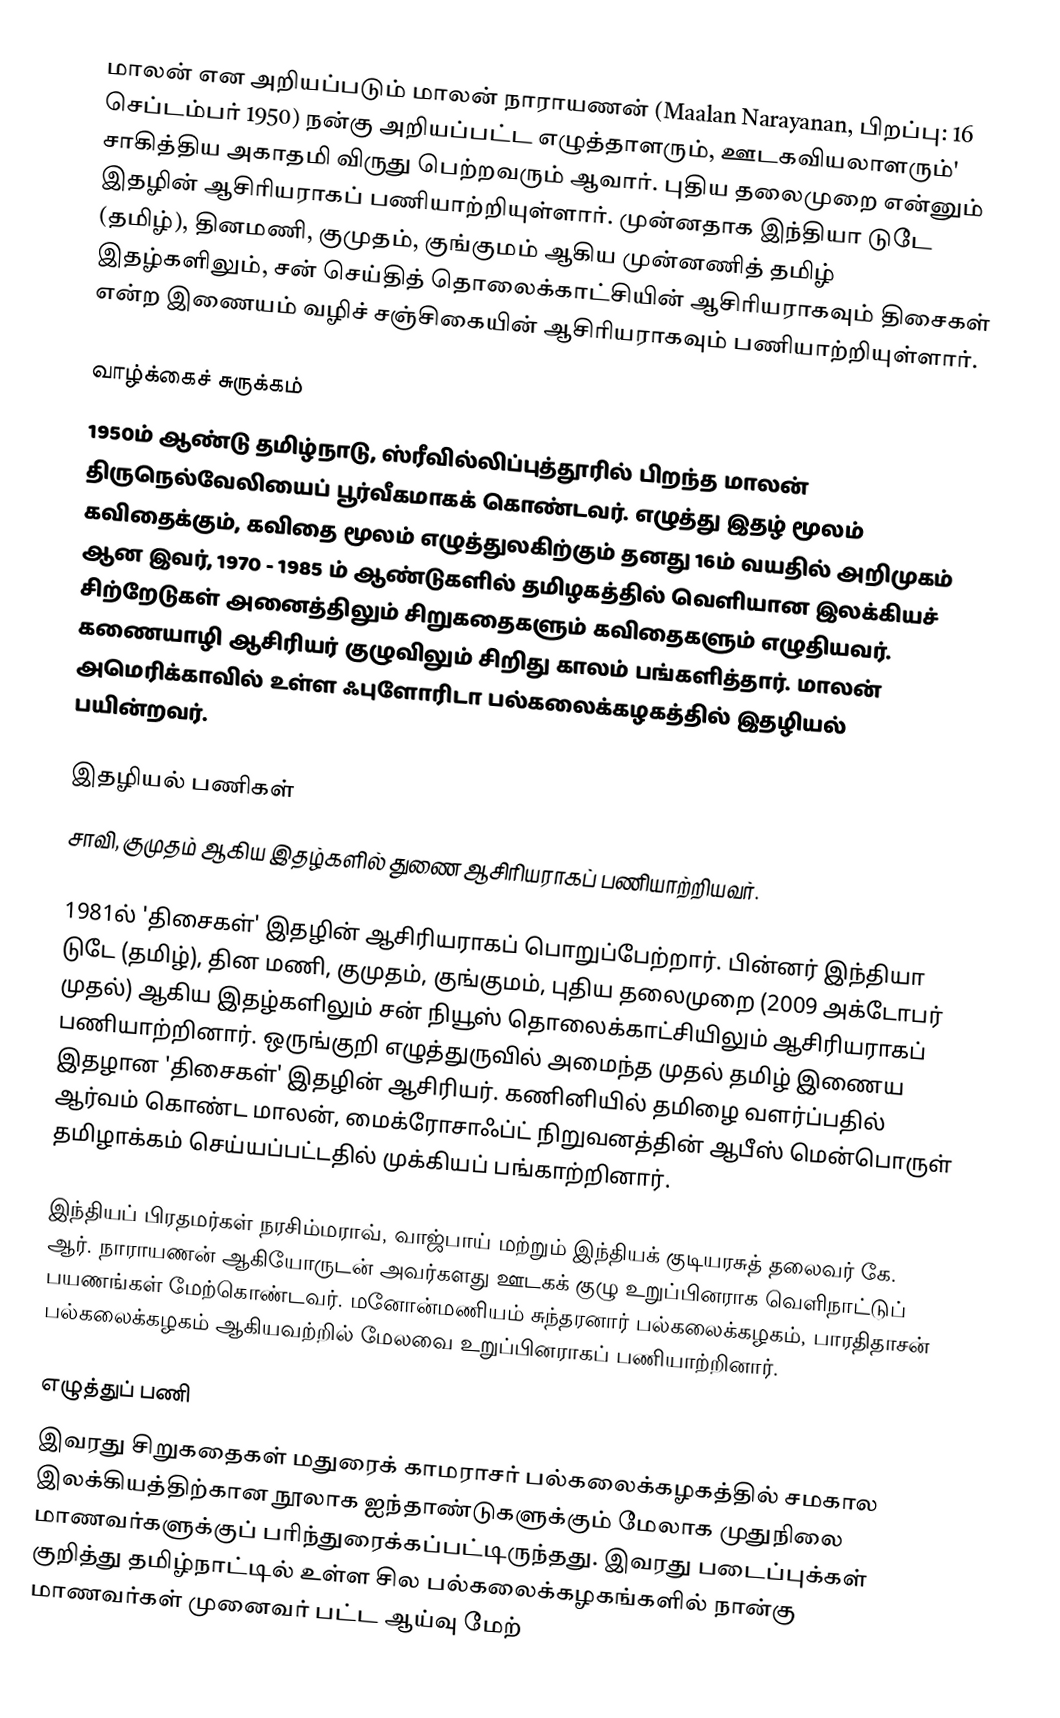
மாலன் என அறியப்படும் மாலன் நாராயணன் (Maalan Narayanan, பிறப்பு: 16 செப்டம்பர் 1950) நன்கு அறியப்பட்ட எழுத்தாளரும், ஊடகவியலாளரும்' சாகித்திய அகாதமி விருது பெற்றவரும் ஆவார். புதிய தலைமுறை என்னும் இதழின் ஆசிரியராகப் பணியாற்றியுள்ளார். முன்னதாக இந்தியா டுடே (தமிழ்), தினமணி, குமுதம், குங்குமம் ஆகிய முன்னணித் தமிழ் இதழ்களிலும், சன் செய்தித் தொலைக்காட்சியின் ஆசிரியராகவும் திசைகள் என்ற இணையம் வழிச் சஞ்சிகையின் ஆசிரியராகவும் பணியாற்றியுள்ளார்.

வாழ்க்கைச் சுருக்கம்
1950ம் ஆண்டு தமிழ்நாடு, ஸ்ரீவில்லிப்புத்தூரில் பிறந்த மாலன் திருநெல்வேலியைப் பூர்வீகமாகக் கொண்டவர். எழுத்து இதழ் மூலம் கவிதைக்கும், கவிதை மூலம் எழுத்துலகிற்கும் தனது 16ம் வயதில் அறிமுகம் ஆன இவர்,  1970 - 1985 ம் ஆண்டுகளில் தமிழகத்தில் வெளியான இலக்கியச் சிற்றேடுகள் அனைத்திலும் சிறுகதைகளும் கவிதைகளும் எழுதியவர். கணையாழி ஆசிரியர் குழுவிலும் சிறிது காலம் பங்களித்தார். மாலன் அமெரிக்காவில் உள்ள ஃபுளோரிடா பல்கலைக்கழகத்தில் இதழியல் பயின்றவர்.

இதழியல் பணிகள்
சாவி, குமுதம் ஆகிய இதழ்களில் துணை ஆசிரியராகப் பணியாற்றியவர்.

1981ல் 'திசைகள்' இதழின் ஆசிரியராகப்  பொறுப்பேற்றார். பின்னர் இந்தியா டுடே (தமிழ்), தின மணி, குமுதம், குங்குமம், புதிய தலைமுறை (2009 அக்டோபர் முதல்)  ஆகிய இதழ்களிலும் சன் நியூஸ் தொலைக்காட்சியிலும் ஆசிரியராகப் பணியாற்றினார். ஒருங்குறி எழுத்துருவில் அமைந்த முதல் தமிழ் இணைய இதழான 'திசைகள்' இதழின் ஆசிரியர். கணினியில் தமிழை வளர்ப்பதில் ஆர்வம் கொண்ட மாலன், மைக்ரோசாஃப்ட் நிறுவனத்தின் ஆபீஸ் மென்பொருள் தமிழாக்கம் செய்யப்பட்டதில் முக்கியப் பங்காற்றினார்.

இந்தியப் பிரதமர்கள் நரசிம்மராவ், வாஜ்பாய் மற்றும் இந்தியக் குடியரசுத் தலைவர் கே. ஆர். நாராயணன் ஆகியோருடன் அவர்களது ஊடகக் குழு உறுப்பினராக வெளிநாட்டுப் பயணங்கள் மேற்கொண்டவர்.  மனோன்மணியம் சுந்தரனார் பல்கலைக்கழகம், பாரதிதாசன் பல்கலைக்கழகம்  ஆகியவற்றில் மேலவை உறுப்பினராகப் பணியாற்றினார்.

எழுத்துப் பணி
இவரது சிறுகதைகள் மதுரைக் காமராசர் பல்கலைக்கழகத்தில் சமகால இலக்கியத்திற்கான நூலாக ஐந்தாண்டுகளுக்கும் மேலாக முதுநிலை மாணவர்களுக்குப் பரிந்துரைக்கப்பட்டிருந்தது. இவரது படைப்புக்கள் குறித்து தமிழ்நாட்டில் உள்ள சில பல்கலைக்கழகங்களில் நான்கு மாணவர்கள் முனைவர் பட்ட ஆய்வு மேற்